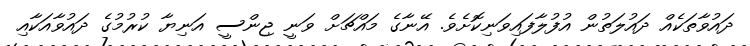
ދައުވާތަކެއް ދައުލަތުން އުފުލާފައިވަނިކޮށެވެ. އޭނާގެ މައްޗަށް ވަނީ ޖިންސީ އަނިޔާ ކުރުމުގެ ދައުވާއަކާއި